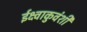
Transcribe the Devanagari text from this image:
ईक्ष्वाकुवंशी